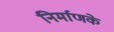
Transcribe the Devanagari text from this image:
निर्माणके